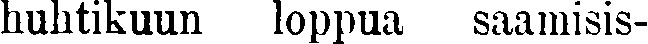
huhtikuun loppua saamisis-